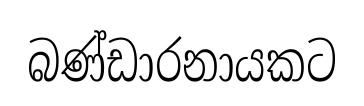
බණ්ඩාරනායකට